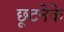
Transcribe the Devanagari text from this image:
छूटनेके